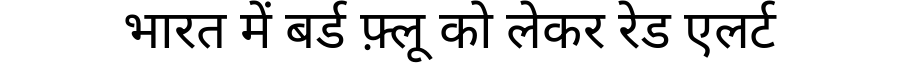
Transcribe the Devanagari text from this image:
भारत में बर्ड फ़्लू को लेकर रेड एलर्ट